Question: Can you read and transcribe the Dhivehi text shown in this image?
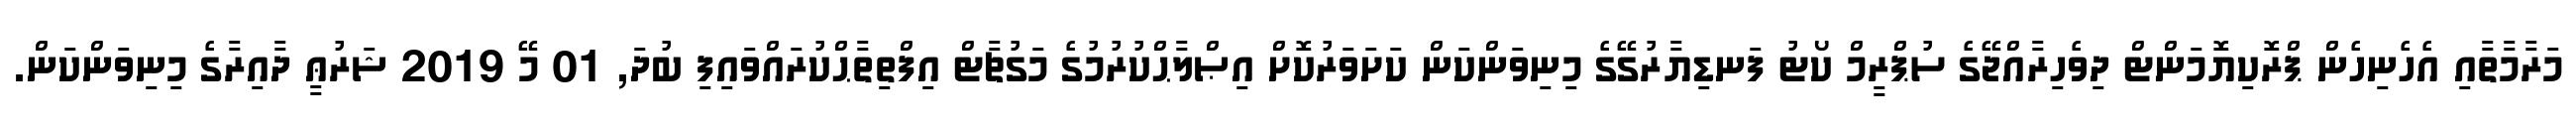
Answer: މަރާމާތާއި އެހެނިހެން ޕްރޮކިޔޮމަންޓް ދިވެހިރާއްޖޭގެ ސުޕްރީމް ކޯޓު ފަނޑިޔާރުގޭގެ މިނިވަންކަން ކަށަވަރުކޮށް އިޞްލާޙްކުރުމުގެ މަގުޗާޓް އިފްތިތާޙްކުރައްވައިފި ބުދަ, 01 މޭ 2019 ޝަރުޢީ ދާއިރާގެ މިނިވަންކަން.